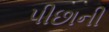
પીછાની